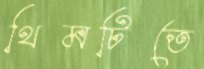
থিমটিতে